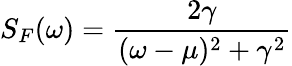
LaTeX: S_{F}(\omega)=\frac{2\gamma}{(\omega-\mu)^{2}+\gamma^{2}}